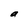
Character: a